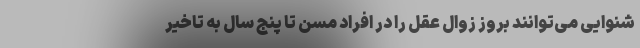
شنوایی می‌توانند بروز زوال عقل را در افراد مسن تا پنج سال به تاخیر